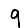
Digit: 9